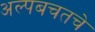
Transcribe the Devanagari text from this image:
अल्पबचतचे